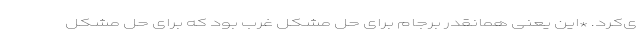
ی‌کرد. *این یعنی همانقدر برجام برای حل مشکل غرب بود که برای حل مشکل